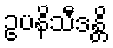
ဥပနိသီဒန္တိ